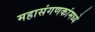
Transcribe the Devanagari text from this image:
महासंगणकांमध्ये